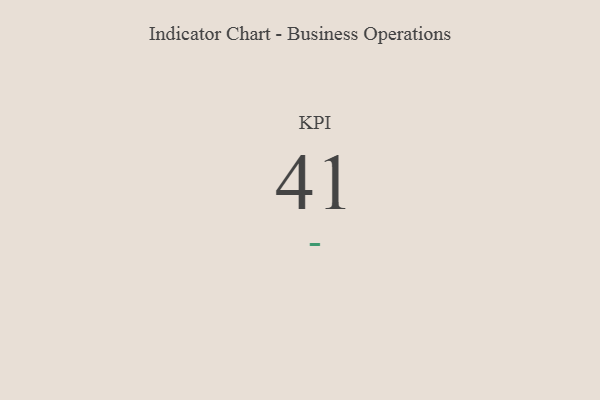
{"axis": {"x": "KPI", "y": "Value"}, "legend": [""], "data": [{"x": "KPI", "y": 41, "type": ""}]}